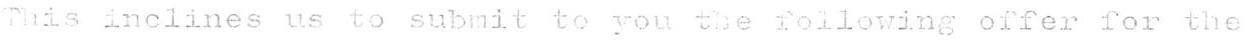
This inclines us to submit to you the following offer for the